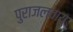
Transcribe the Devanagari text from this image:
पुराजलवायु